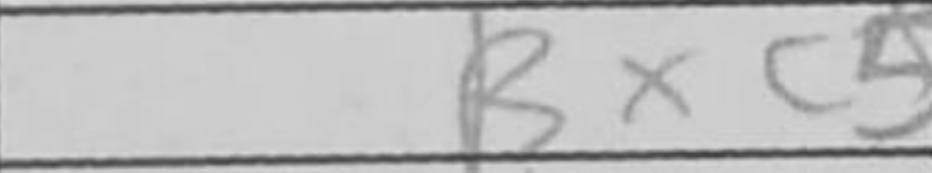
Transcription: Bxc5